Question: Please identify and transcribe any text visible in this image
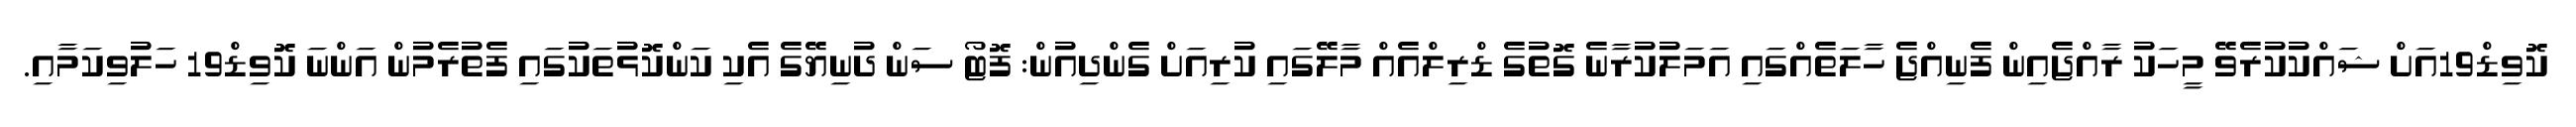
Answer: ކޮވިޑް19އަށް ޝައްކުކުރެވޭ މީހަކު ރާއްޖެއިން ފެނިއްޖެ ހާލަތެއްގައި އަމަލުކުރާނެ ގޮތުގެ ޑްރިލްއެއް މާލޭގައި ކުރިއަށް ގެންދިއުން: ފޮޓޯ ސަން ދުނިޔޭގެ އެކި ކަންކޮޅުތަކުގައި ފެތުރެމުން އަންނަ ކޮވިޑް19 ހަލުވިކަމާއި.